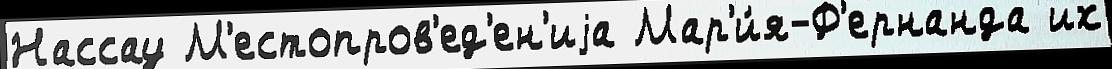
Нассау М'естопров'ед'ен'иjа Мар'и́я-Ф'ернанда их